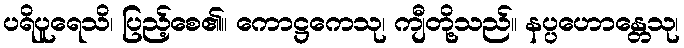
ပရိပူရေသိ၊ ပြည့်စေ၏။ ကောဋ္ဌကေသု၊ ကျီတို့သည်။ နပ္ပဟောန္တေသု၊